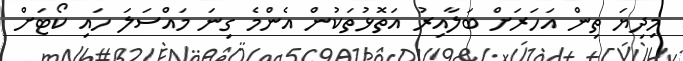
މިދިޔަ ތިން އަހަރަށް ބަލާއިރު އަތޮޅުތަކުން އެންމެ ގިނަ މައްސަލަ ހައި ކޯޓަށް